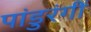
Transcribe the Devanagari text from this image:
पांडुरंगीं